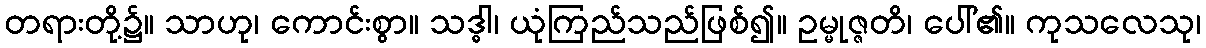
တရားတို့၌။ သာဟု၊ ကောင်းစွာ။ သဒ္ဓါ၊ ယုံကြည်သည်ဖြစ်၍။ ဥမ္မုဇ္ဇတိ၊ ပေါ်၏။ ကုသလေသု၊